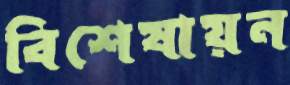
বিশেষায়ন